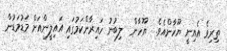
ތިރިވެ އެއިނީ ޔޫހާންއެވެ.  ޔޫހާން  ލިބުނު ހައިރާންކަމުގައި އައިލީންއަށް މަޑުމަޑުން